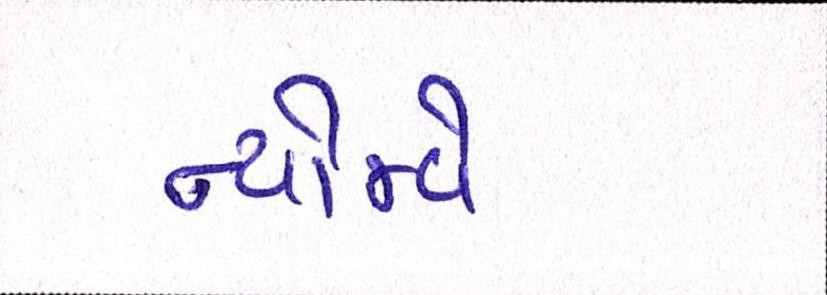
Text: ન્યોમ્વે